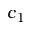
c _ { 1 }